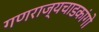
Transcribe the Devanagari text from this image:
गणराज्यचाडकांगो